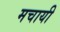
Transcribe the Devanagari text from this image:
मचायी